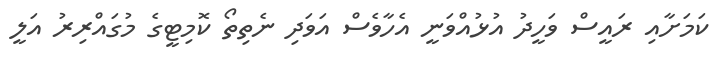
ކަމަށާއި ރައީސް ވަހީދު އުޅުއްވަނީ އެހާވެސް އަވަދި ނެތިތޯ ކޮމިޓީގެ މުގައްރިރު އަލީ